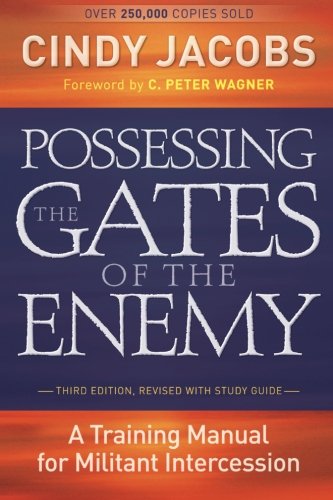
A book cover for Possessing the Gates of the Enemy: A Training Manual for Militant Intercession; Cindy Jacobs; Christian Books & Bibles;